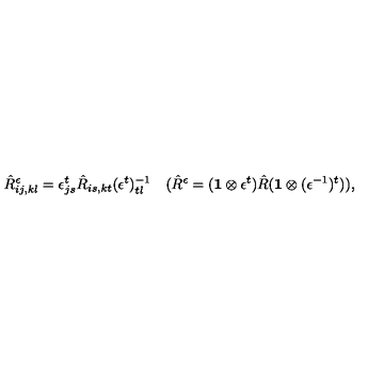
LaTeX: \hat { R } _ { i j , k l } ^ { \epsilon } = \epsilon _ { j s } ^ { t } \hat { R } _ { i s , k t } ( \epsilon ^ { t } ) _ { t l } ^ { - 1 } \quad ( \hat { R } ^ { \epsilon } = ( { \bf 1 } \otimes \epsilon ^ { t } ) \hat { R } ( { \bf 1 } \otimes ( \epsilon ^ { - 1 } ) ^ { t } ) ) ,